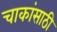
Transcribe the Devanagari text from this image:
चाकांसाठी